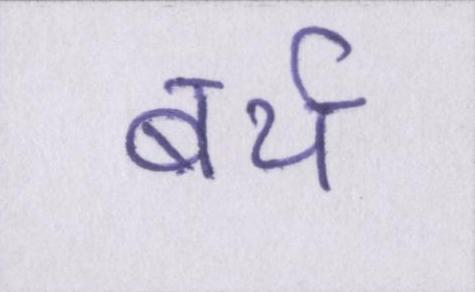
बर्थ